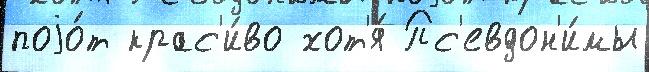
поjо́т крас'и́во хот'я́ Пс'евдон'и́мы